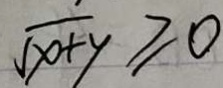
\sqrt { x + y } \geq 0